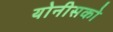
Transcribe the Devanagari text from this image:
योनीसको